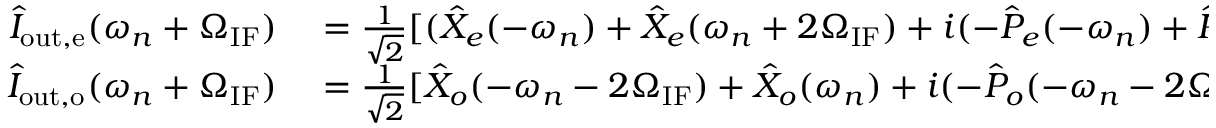
\begin{array} { r l } { \hat { I } _ { \mathrm { o u t , e } } ( \omega _ { n } + \Omega _ { \mathrm { I F } } ) } & { { } = \frac { 1 } { \sqrt { 2 } } [ ( \hat { X } _ { e } ( - \omega _ { n } ) + \hat { X } _ { e } ( \omega _ { n } + 2 \Omega _ { \mathrm { I F } } ) + i ( - \hat { P } _ { e } ( - \omega _ { n } ) + \hat { P } _ { e } ( \omega _ { n } + 2 \Omega _ { \mathrm { I F } } ) ) ] , } \\ { \hat { I } _ { \mathrm { o u t , o } } ( \omega _ { n } + \Omega _ { \mathrm { I F } } ) } & { { } = \frac { 1 } { \sqrt { 2 } } [ \hat { X } _ { o } ( - \omega _ { n } - 2 \Omega _ { \mathrm { I F } } ) + \hat { X } _ { o } ( \omega _ { n } ) + i ( - \hat { P } _ { o } ( - \omega _ { n } - 2 \Omega _ { \mathrm { I F } } ) + \hat { P } _ { o } ( \omega _ { n } ) ) ] , } \end{array}